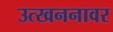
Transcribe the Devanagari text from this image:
उत्खननावर